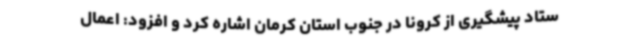
ستاد پیشگیری از کرونا در جنوب استان کرمان اشاره کرد و افزود: اعمال